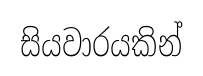
සියවාරයකින්